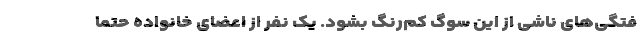
فتگی‌های ناشی از این سوگ کم‌رنگ بشود. یک نفر از اعضای خانواده حتماً